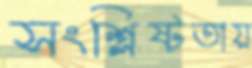
সংশ্লিষ্টতায়